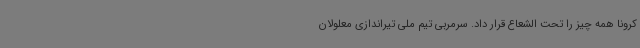
کرونا همه چیز را تحت الشعاع قرار داد. سرمربی تیم ملی تیراندازی معلولان